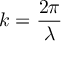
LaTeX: k = { \frac { 2 \pi } { \lambda } }